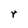
Character: r